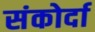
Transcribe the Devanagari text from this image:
संकोर्दा